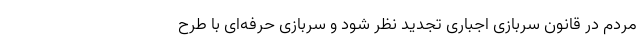
مردم در قانون سربازی اجباری تجدید نظر شود و سربازی حرفه‌ای با طرح